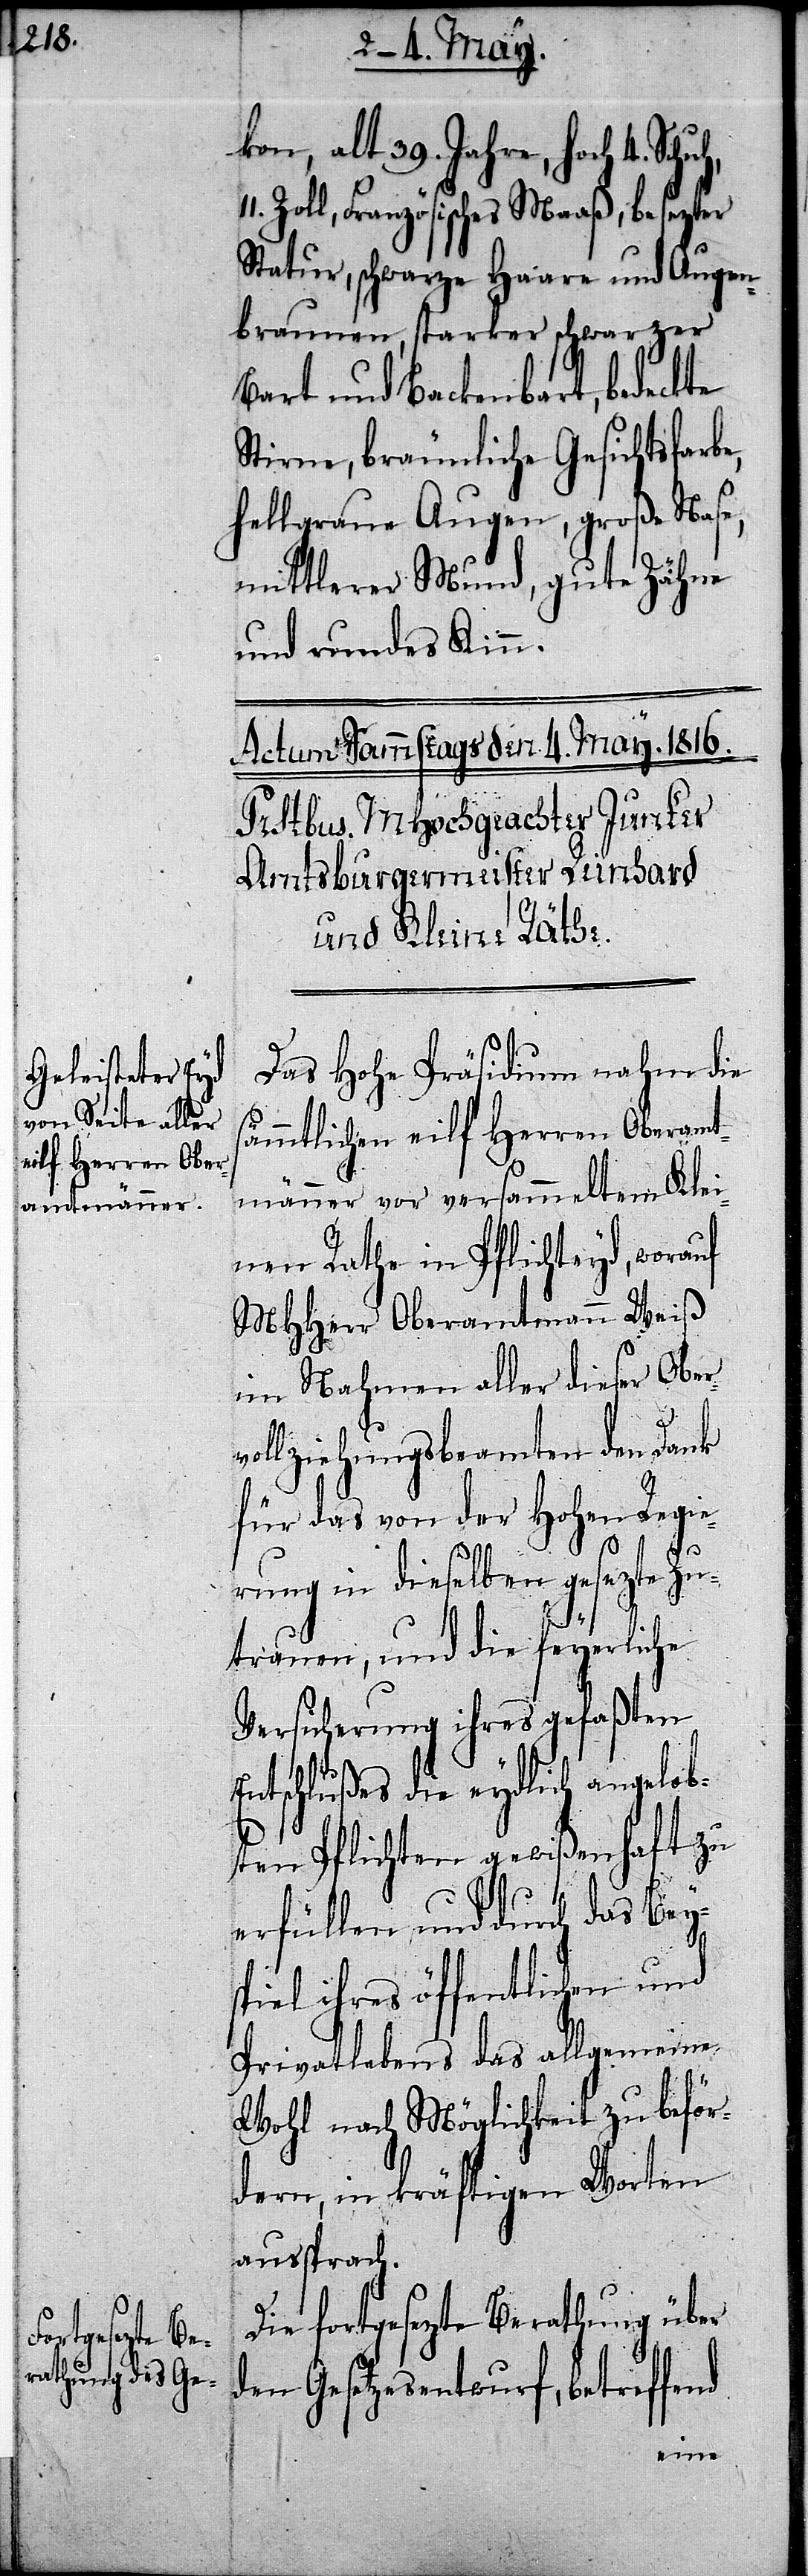
kon, alt 39. Jahre, hoch 4. Sc¬
Zoll, Französisches Maaß, besezter
Statur, schwarze Haare und Augen¬
braunen, starker schwarzer
Bart und Backenbart, bedeckte
Stirne, bräunliche Gesichtsfarbe,
hellgraue Augen, große Nase,
mittlerer Mund, gute Zähne
und rundes Kinn.
Das Hohe Präsidium nahm die
sämmtlichen eilf Herren Oberamt¬
männer vor versammeltem Klei¬
nen Rathe in Pflichteyd, worauf
MHHerr Oberamtmann Weiß
im Nahmen aller dieser Oberv¬
ollziehungsbeamten den Dank
für das von der Hohen Regie¬
rung in dieselben gesezte Zu¬
nd
trauen, und die feyerliche
Versicherung ihres gefaßten
Entschlußes die eydlich angelob¬
ten Pflichten gewißenhaft zu
erfüllen und durch das Bey¬
spiel ihres öffentlichen und
Privatlebens das allgemeine
Wohl nach Möglichkeit zu beför¬
dern, in kräftigen Worten
aussprach.
Die fortgesetzte Berathung über
den Gesetzesentwurf, betreffe¬